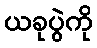
ယခုပွဲကို